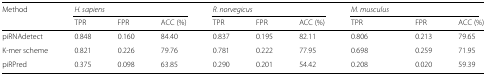
| Method | <COLSPAN=3> H. sapiens | <COLSPAN=3> R. norvegicus | M. musculus | <COLSPAN=2>  |
 |  | TPR | FPR | ACC (%) | TPR | FPR | ACC (%) | TPR | FPR | ACC (%) |
 | --- | --- | --- | --- | --- | --- | --- | --- | --- | --- |
 | piRNAdetect | 0.848 | 0.160 | 84.40 | 0.837 | 0.195 | 82.11 | 0.806 | 0.213 | 79.65 |
 | K-mer scheme | 0.821 | 0.226 | 79.76 | 0.781 | 0.222 | 77.95 | 0.698 | 0.259 | 71.95 |
 | piRPred | 0.375 | 0.098 | 63.85 | 0.290 | 0.201 | 54.42 | 0.208 | 0.020 | 59.39 |